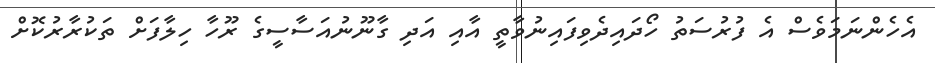
އެހެންނަމަވެސް އެ ފުރުސަތު ހޯދައިދެވިފައިނުވާތީ އާއި އަދި ގާނޫނުއަސާސީގެ ރޫހާ ހިލާފަށް ތަކުރާރުކޮށް